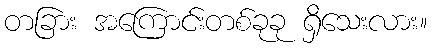
တခြား အကြောင်းတစ်ခုခု ရှိသေးလား။